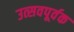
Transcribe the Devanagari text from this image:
उत्सवपूर्वक